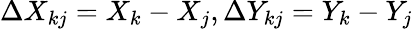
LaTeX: \Delta X_{kj}=X_{k}-X_{j},\Delta Y_{kj}=Y_{k}-Y_{j}